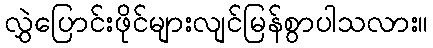
လွှဲပြောင်းဖိုင်များလျင်မြန်စွာပါသလား။